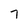
Character: 7